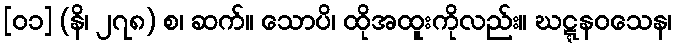
[၀၁] (နိ၊ ၂၇၈) စ၊ ဆက်။ သောပိ၊ ထိုအထူးကိုလည်း။ ဃဋ္ဋနဝသေန၊